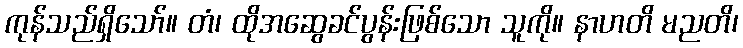
ကုန်သည်ရှိသော်။ တံ၊ ထိုအဆွေခင်ပွန်းဖြစ်သော သူကို။ နာဟတိ မညတိ၊